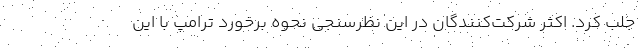
جلب کرد. اکثر شرکت‌کنندگان در این نظرسنجی نحوه برخورد ترامپ با این